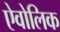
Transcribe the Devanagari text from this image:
ऐवोलिक